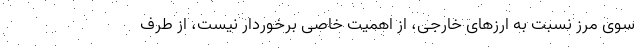
سوی مرز نسبت به ارزهای خارجی، از اهمیت خاصی برخوردار نیست، از طرف